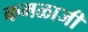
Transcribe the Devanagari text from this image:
कमळाजी